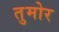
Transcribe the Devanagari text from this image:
तुमोर